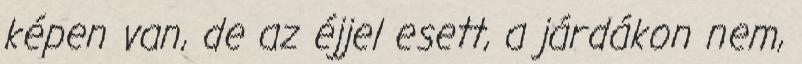
képen van, de az éjjel esett, a járdákon nem,